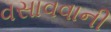
વસાવવાની